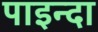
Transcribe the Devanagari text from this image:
पाइन्दा